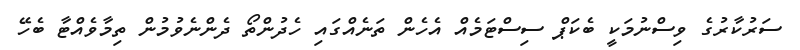
ސަރުކާރުގެ ވިސްނުމަކީ ބެކަޕް ސިސްޓަމެއް އެހެން ތަނެއްގައި ހެދުންތޯ ދެންނެވުމުން ތިމާވެއްޓާ ބެހޭ